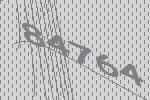
84764